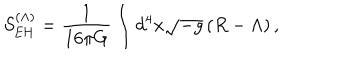
S _ { \mathrm { E H } } ^ { ( \Lambda ) } = \frac { 1 } { 1 6 \pi G } \int d ^ { 4 } x \sqrt { - g } \left( R - \Lambda \right) ,